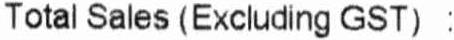
TOTAL SALES (EXCLUDING GST) :